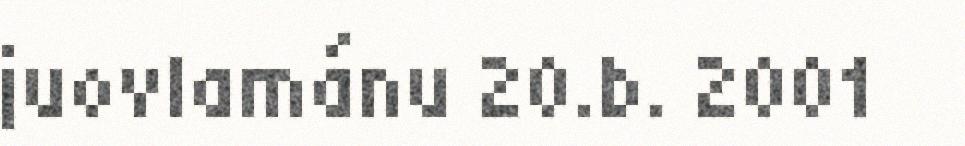
juovlamánu 20.b. 2001